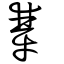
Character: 犫